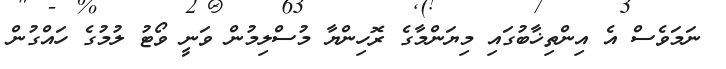
ނަމަވެސް އެ އިންތިޚާބުގައި މިޔަންމާގެ ރޮހިންޔާ މުސްލިމުން ވަނީ ވޯޓު ލުމުގެ ހައްގުން